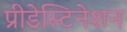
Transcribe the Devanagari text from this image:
प्रीडेस्टिनेशन